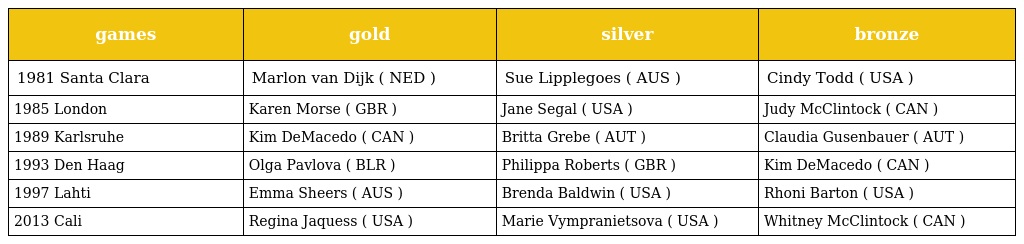
| games | gold | silver | bronze |
 | --- | --- | --- | --- |
 | 1981 Santa Clara | Marlon van Dijk ( NED ) | Sue Lipplegoes ( AUS ) | Cindy Todd ( USA ) |
 | 1985 London | Karen Morse ( GBR ) | Jane Segal ( USA ) | Judy McClintock ( CAN ) |
 | 1989 Karlsruhe | Kim DeMacedo ( CAN ) | Britta Grebe ( AUT ) | Claudia Gusenbauer ( AUT ) |
 | 1993 Den Haag | Olga Pavlova ( BLR ) | Philippa Roberts ( GBR ) | Kim DeMacedo ( CAN ) |
 | 1997 Lahti | Emma Sheers ( AUS ) | Brenda Baldwin ( USA ) | Rhoni Barton ( USA ) |
 | 2013 Cali | Regina Jaquess ( USA ) | Marie Vympranietsova ( USA ) | Whitney McClintock ( CAN ) |